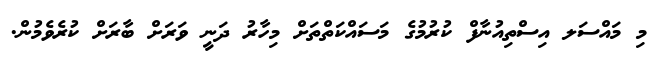
މި މައްސަލ އިސްތިއުނާފް ކުރުމުގެ މަސައްކަތްތަށް މިހާރު ދަނީ ވަރަށް ބާރަށް ކުރެވެމުން.